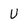
Character: U